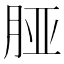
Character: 𬁺